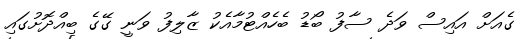
ގެއަށް އައިސް ވަދެ ސާފު ބޯޑު ބެހެއްޓުމާއެކު ޒާލިފު ވަނީ ގޭގެ ބިއްދޮށުގައި